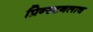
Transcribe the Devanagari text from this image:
प्रिन्स्टनलाच